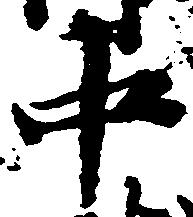
中